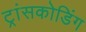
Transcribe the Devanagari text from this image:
ट्रांसकोडिंग